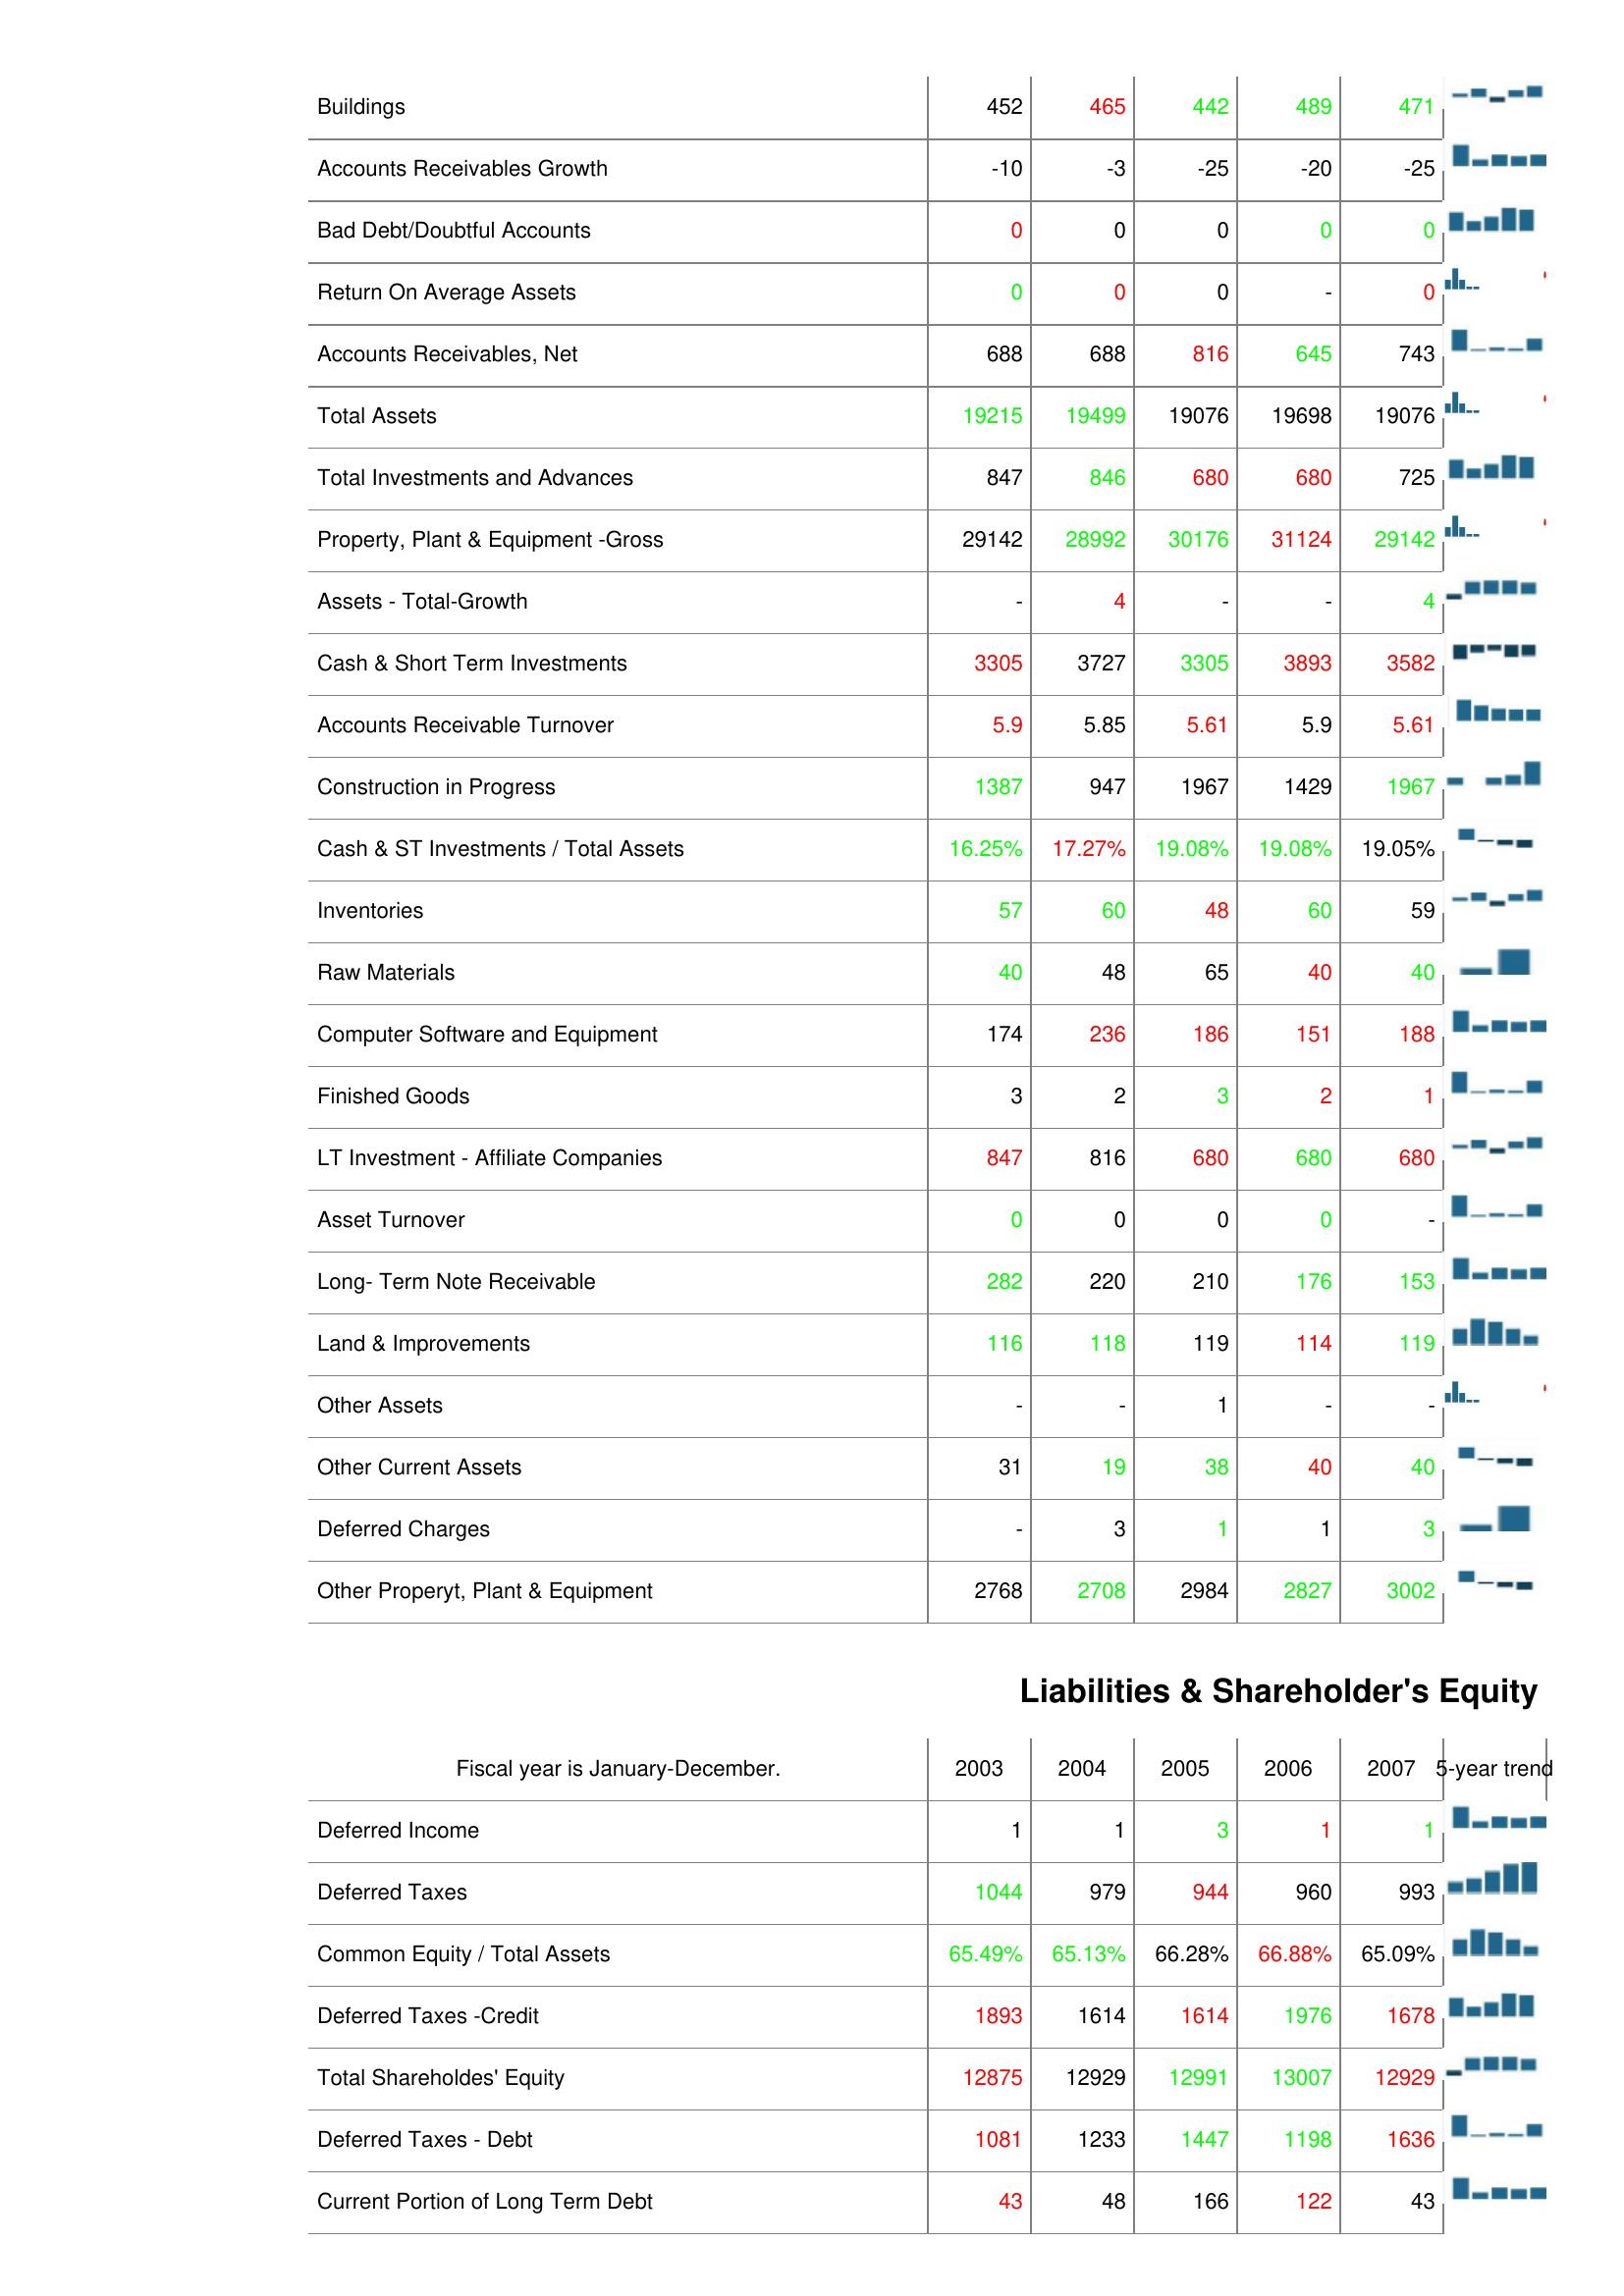
2003: Assets: Buildings: 452
Accounts Receivables Growth: -10
Bad Debt/Doubtful Accounts: 0
Return On Average Assets: 0
Accounts Receivables, Net: 688
Total Assets: 19215
Total Investments and Advances: 847
Property, Plant & Equipment -Gross: 29142
Assets - Total-Growth: -
Cash & Short Term Investments: 3305
Accounts Receivable Turnover: 5.9
Construction in Progress: 1387
Cash & ST Investments / Total Assets: 16.25%
Inventories: 57
Raw Materials: 40
Computer Software and Equipment: 174
Finished Goods: 3
LT Investment - Affiliate Companies: 847
Asset Turnover: 0
Long- Term Note Receivable: 282
Land & Improvements: 116
Other Assets: -
Other Current Assets: 31
Deferred Charges: -
Other Properyt, Plant & Equipment: 2768
Liabilities & Shareholder's Equity: Deferred Income: 1
Deferred Taxes: 1044
Common Equity / Total Assets: 65.49%
Deferred Taxes -Credit: 1893
Total Shareholdes' Equity: 12875
Deferred Taxes - Debt: 1081
Current Portion of Long Term Debt: 43
2004: Assets: Buildings: 465
Accounts Receivables Growth: -3
Bad Debt/Doubtful Accounts: 0
Return On Average Assets: 0
Accounts Receivables, Net: 688
Total Assets: 19499
Total Investments and Advances: 846
Property, Plant & Equipment -Gross: 28992
Assets - Total-Growth: 4
Cash & Short Term Investments: 3727
Accounts Receivable Turnover: 5.85
Construction in Progress: 947
Cash & ST Investments / Total Assets: 17.27%
Inventories: 60
Raw Materials: 48
Computer Software and Equipment: 236
Finished Goods: 2
LT Investment - Affiliate Companies: 816
Asset Turnover: 0
Long- Term Note Receivable: 220
Land & Improvements: 118
Other Assets: -
Other Current Assets: 19
Deferred Charges: 3
Other Properyt, Plant & Equipment: 2708
Liabilities & Shareholder's Equity: Deferred Income: 1
Deferred Taxes: 979
Common Equity / Total Assets: 65.13%
Deferred Taxes -Credit: 1614
Total Shareholdes' Equity: 12929
Deferred Taxes - Debt: 1233
Current Portion of Long Term Debt: 48
2005: Assets: Buildings: 442
Accounts Receivables Growth: -25
Bad Debt/Doubtful Accounts: 0
Return On Average Assets: 0
Accounts Receivables, Net: 816
Total Assets: 19076
Total Investments and Advances: 680
Property, Plant & Equipment -Gross: 30176
Assets - Total-Growth: -
Cash & Short Term Investments: 3305
Accounts Receivable Turnover: 5.61
Construction in Progress: 1967
Cash & ST Investments / Total Assets: 19.08%
Inventories: 48
Raw Materials: 65
Computer Software and Equipment: 186
Finished Goods: 3
LT Investment - Affiliate Companies: 680
Asset Turnover: 0
Long- Term Note Receivable: 210
Land & Improvements: 119
Other Assets: 1
Other Current Assets: 38
Deferred Charges: 1
Other Properyt, Plant & Equipment: 2984
Liabilities & Shareholder's Equity: Deferred Income: 3
Deferred Taxes: 944
Common Equity / Total Assets: 66.28%
Deferred Taxes -Credit: 1614
Total Shareholdes' Equity: 12991
Deferred Taxes - Debt: 1447
Current Portion of Long Term Debt: 166
2006: Assets: Buildings: 489
Accounts Receivables Growth: -20
Bad Debt/Doubtful Accounts: 0
Return On Average Assets: -
Accounts Receivables, Net: 645
Total Assets: 19698
Total Investments and Advances: 680
Property, Plant & Equipment -Gross: 31124
Assets - Total-Growth: -
Cash & Short Term Investments: 3893
Accounts Receivable Turnover: 5.9
Construction in Progress: 1429
Cash & ST Investments / Total Assets: 19.08%
Inventories: 60
Raw Materials: 40
Computer Software and Equipment: 151
Finished Goods: 2
LT Investment - Affiliate Companies: 680
Asset Turnover: 0
Long- Term Note Receivable: 176
Land & Improvements: 114
Other Assets: -
Other Current Assets: 40
Deferred Charges: 1
Other Properyt, Plant & Equipment: 2827
Liabilities & Shareholder's Equity: Deferred Income: 1
Deferred Taxes: 960
Common Equity / Total Assets: 66.88%
Deferred Taxes -Credit: 1976
Total Shareholdes' Equity: 13007
Deferred Taxes - Debt: 1198
Current Portion of Long Term Debt: 122
2007: Assets: Buildings: 471
Accounts Receivables Growth: -25
Bad Debt/Doubtful Accounts: 0
Return On Average Assets: 0
Accounts Receivables, Net: 743
Total Assets: 19076
Total Investments and Advances: 725
Property, Plant & Equipment -Gross: 29142
Assets - Total-Growth: 4
Cash & Short Term Investments: 3582
Accounts Receivable Turnover: 5.61
Construction in Progress: 1967
Cash & ST Investments / Total Assets: 19.05%
Inventories: 59
Raw Materials: 40
Computer Software and Equipment: 188
Finished Goods: 1
LT Investment - Affiliate Companies: 680
Asset Turnover: -
Long- Term Note Receivable: 153
Land & Improvements: 119
Other Assets: -
Other Current Assets: 40
Deferred Charges: 3
Other Properyt, Plant & Equipment: 3002
Liabilities & Shareholder's Equity: Deferred Income: 1
Deferred Taxes: 993
Common Equity / Total Assets: 65.09%
Deferred Taxes -Credit: 1678
Total Shareholdes' Equity: 12929
Deferred Taxes - Debt: 1636
Current Portion of Long Term Debt: 43